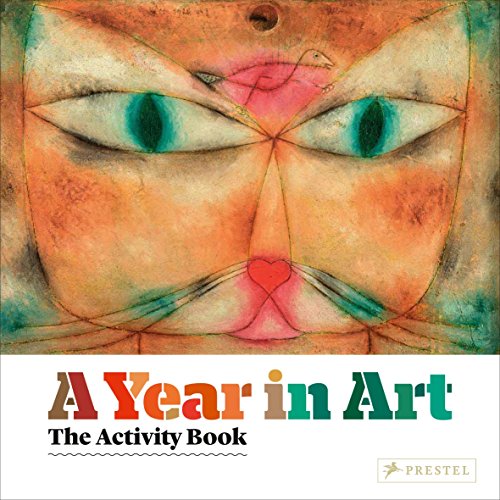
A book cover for A Year in Art: The Activity Book; Christiane Weidemann; Teen & Young Adult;